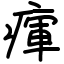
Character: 瘒